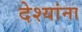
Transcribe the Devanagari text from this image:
देश्यांना